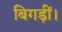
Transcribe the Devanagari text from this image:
बिगड़ीं।